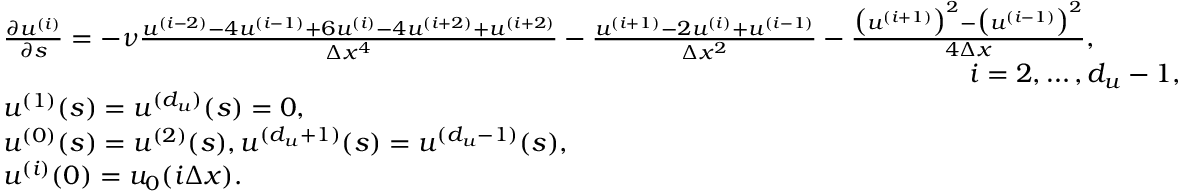
\begin{array} { r l } & { \frac { \partial u ^ { ( i ) } } { \partial s } = - \nu \frac { u ^ { ( i - 2 ) } - 4 u ^ { ( i - 1 ) } + 6 u ^ { ( i ) } - 4 u ^ { ( i + 2 ) } + u ^ { ( i + 2 ) } } { \Delta x ^ { 4 } } - \frac { u ^ { ( i + 1 ) } - 2 u ^ { ( i ) } + u ^ { ( i - 1 ) } } { \Delta x ^ { 2 } } - \frac { \big ( u ^ { ( i + 1 ) } \big ) ^ { 2 } - \big ( u ^ { ( i - 1 ) } \big ) ^ { 2 } } { 4 \Delta x } , } \\ & { \qquad \qquad \qquad \qquad \qquad \qquad \qquad \qquad \qquad \qquad \qquad \qquad \qquad \qquad \qquad \qquad \qquad \qquad i = 2 , \dots , d _ { u } - 1 , } \\ & { u ^ { ( 1 ) } ( s ) = u ^ { ( d _ { u } ) } ( s ) = 0 , } \\ & { u ^ { ( 0 ) } ( s ) = u ^ { ( 2 ) } ( s ) , u ^ { ( d _ { u } + 1 ) } ( s ) = u ^ { ( d _ { u } - 1 ) } ( s ) , } \\ & { u ^ { ( i ) } ( 0 ) = u _ { 0 } ( i \Delta x ) . } \end{array}